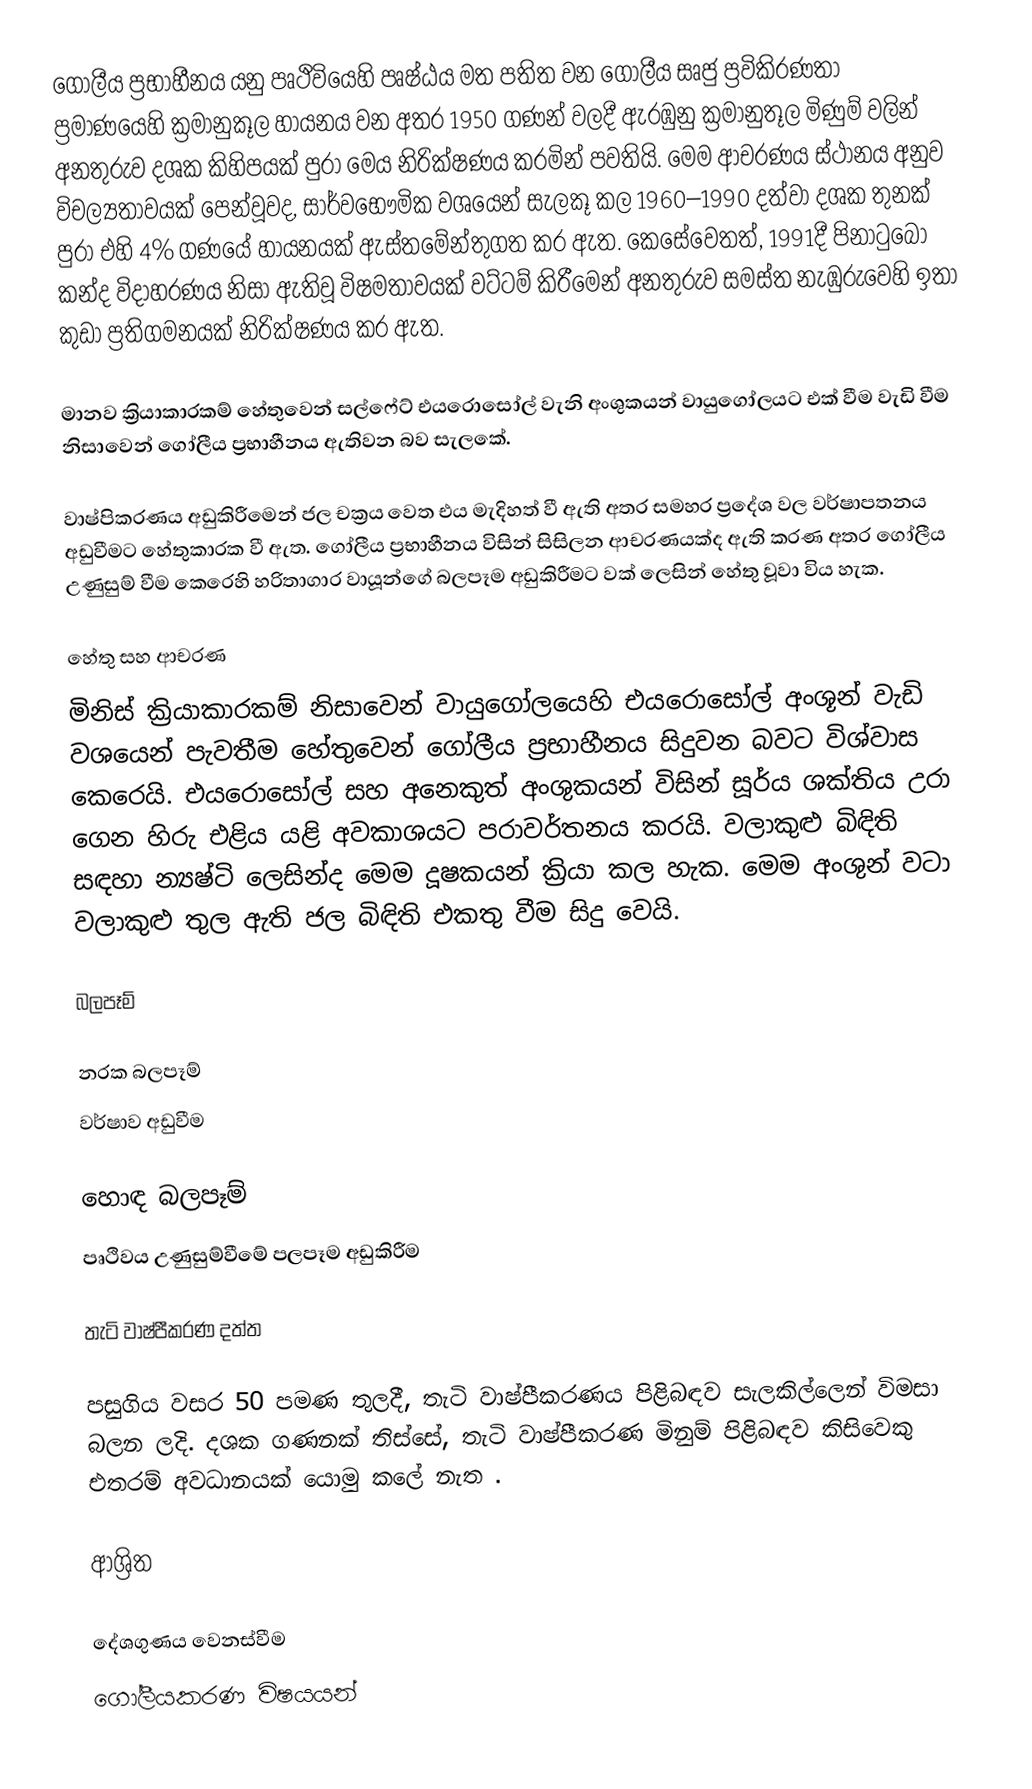
ගෝලීය ප්‍රභාහීනය යනු පෘථිවියෙහි පෘෂ්ඨය මත පතිත වන ගෝලීය සෘජු   ප්‍රවිකිරණතා ප්‍රමාණයෙහි ක්‍රමානුකූල හායනය වන අතර 1950 ගණන් වලදී ඇරඹුනු ක්‍රමානුතූල මිණුම් වලින් අනතුරුව දශක කිහිපයක් පුරා මෙය නිරික්ෂණය කරමින්  පවතියි. මෙම ආචරණය ස්ථානය අනුව විචල්‍යතාවයක් පෙන්වූවද, සාර්වභෞමික වශයෙන් සැලකූ කල 1960–1990 දත්වා දශක තුනක් පුරා එහි  4% ගණයේ හායනයක් ඇස්තමේන්තුගත කර ඇත. කෙසේවෙතත්, 1991දී  පිනාටුබෝ කන්ද විදාහරණය නිසා ඇතිවූ විෂමතාවයක් වට්ටම් කිරීමෙන් අනතුරුව සමස්ත නැඹුරුවෙහි ඉතා කුඩා ප්‍රතිගමනයක් නිරික්ෂණය කර ඇත.

මානව ක්‍රියාකාරකම් හේතුවෙන්   සල්ෆේට් එයරොසෝල් වැනි අංශුකයන්  වායුගෝලයට එක් වීම  වැඩි වීම නිසාවෙන් ගෝලීය ප්‍රභාහීනය ඇතිවන බව සැලකේ.

වාෂ්පිකරණය අඩුකිරීමෙන් ජල චක්‍රය වෙත එය මැදිහත් වී ඇති අතර සමහර ප්‍රදේශ වල වර්ෂාපතනය අඩුවීමට හේතුකාරක වී ඇත. ගෝලීය ප්‍රභාහීනය විසින් සිසිලන ආචරණයක්ද ඇති කරණ අතර ගෝලීය උණුසුම් වීම කෙරෙහි හරිතාගාර වායූන්ගේ බලපෑම  අඩුකිරීමට වක් ලෙසින් හේතු වූවා විය හැක.

හේතු සහ ආචරණ
මිනිස් ක්‍රියාකාරකම් නිසාවෙන්   වායුගෝලයෙහි එයරොසෝල් අංශූන් වැඩි වශයෙන් පැවතීම හේතුවෙන් ගෝලීය ප්‍රභාහීනය සිදුවන බවට විශ්වාස කෙරෙයි.  එයරොසෝල් සහ අනෙකුත් අංශුකයන් විසින් සූර්ය ශක්තිය උරා ගෙන හිරු එළිය යළි අවකාශයට පරාවර්තනය කරයි. වලාකුළු බිඳිති සඳහා න්‍යෂ්ටි  ලෙසින්ද මෙම දූෂකයන්  ක්‍රියා කල හැක. මෙම අංශුන් වටා වලාකුළු තුල ඇති ජල බිඳිති  එකතු වීම සිදු වෙයි.

බලපෑම්

නරක බලපෑම්
 වර්ෂාව අඩුවීම

හොඳ  බලපෑම්
 පෘථිවය උණුසුම්වීමේ පලපෑම අඩුකිරීම

තැටි වාෂ්පීකරණ දත්ත

පසුගිය වසර 50 පමණ තුලදී, තැටි වාෂ්පීකරණය පිළිබඳව සැලකිල්ලෙන්  විමසා බලන ලදි. දශක ගණනක් තිස්සේ, තැටි වාෂ්පීකරණ මිනුම් පිළිබඳව කිසිවෙකු එතරම් අවධානයක් යොමු කලේ නැත .

ආශ්‍රිත

දේශගුණය වෙනස්වීම
ගෝලීයකරණ විෂයයන්